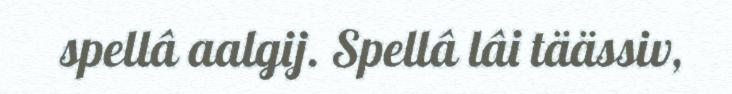
spellâ aalgij. Spellâ lâi täässiv,